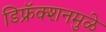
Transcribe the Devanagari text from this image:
डिफ्रॅक्शनमुळे